Indian journal of veterinary science and animal husbandry - Volumes 26-27, 1956-1957
Year: 1956
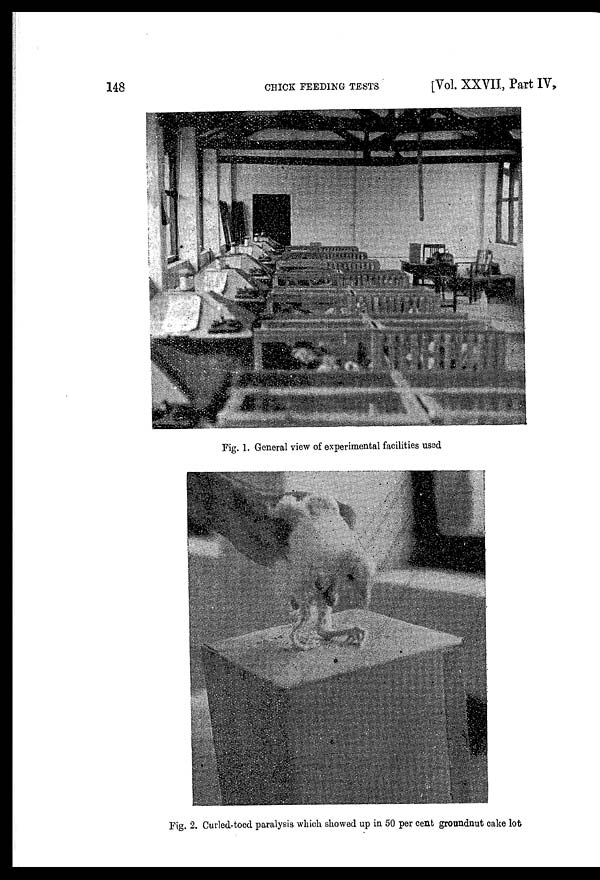
148
CHICK
FEEDING
TESTS
[Vol. XXVII, Part IV,
Fig. 1. General view of experimental facilities used
Fig. 2. Curled-toed paralysis which showed up in 50 per cent groundnut cake lot